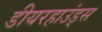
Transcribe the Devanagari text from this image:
डीयरहाउंड्स